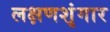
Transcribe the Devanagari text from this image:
लक्षणशृंगार